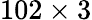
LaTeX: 102\times 3